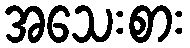
အသေးစား